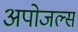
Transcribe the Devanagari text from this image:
अपोजल्स